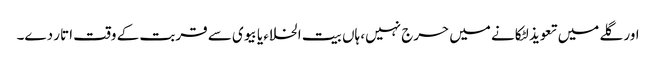
اور گلے میں تعویذ لٹکانے میں حرج نہیں، ہاں بیت الخلاء یا بیوی سے قربت کے وقت اتار دے۔